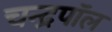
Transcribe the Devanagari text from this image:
चन्द्रपॉल